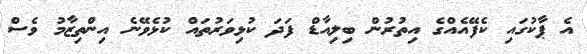
އެ ޕާކުގައި ކެފޭއެއްގެ އިތުރުން ބިލިއާޑް ފަދަ ކުޅިވަރުތައް ކުޅެވޭނެ އިންތިޒާމު ވެސް